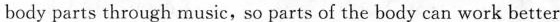
body parts through music, so parts of the body can work better